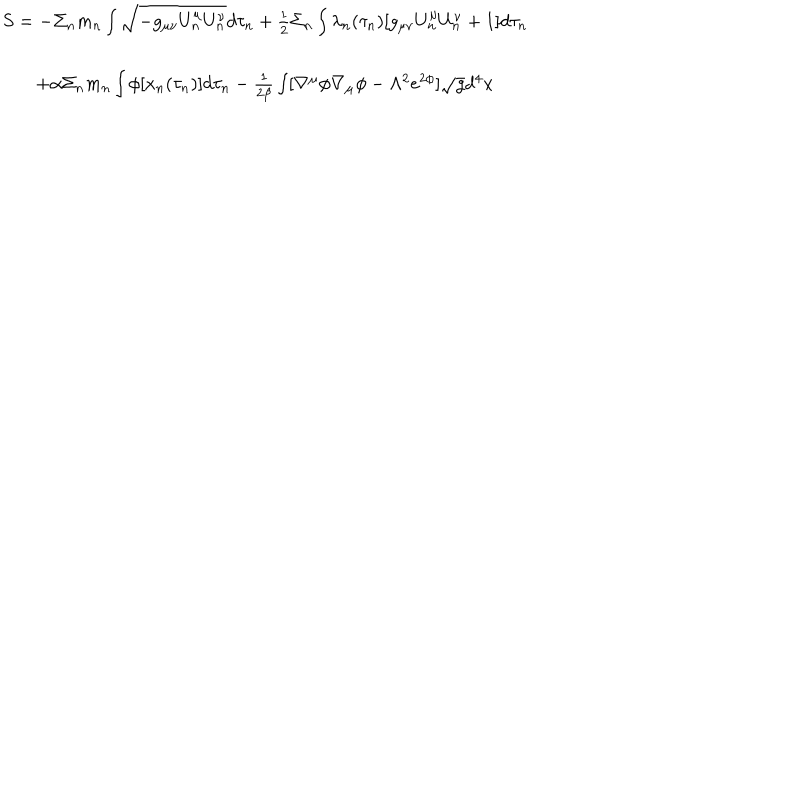
\begin{array} { c } { { S = - \Sigma _ { n } m _ { n } \int \sqrt { - g _ { \mu \nu } U _ { n } ^ { \mu } U _ { n } ^ { \nu } } d \tau _ { n } + \frac { 1 } { 2 } \Sigma _ { n } \int \lambda _ { n } ( \tau _ { n } ) [ g _ { \mu \nu } U _ { n } ^ { \mu } U _ { n } ^ { \nu } + 1 ] d \tau _ { n } } } \\ { { + \alpha \Sigma _ { n } m _ { n } \int \phi [ x _ { n } ( \tau _ { n } ) ] d \tau _ { n } - \frac { 1 } { 2 \beta } \int [ \nabla ^ { \mu } \phi \nabla _ { \mu } \phi - \Lambda ^ { 2 } e ^ { 2 \phi } ] \sqrt { g } d ^ { 4 } x } } \\ \end{array}